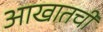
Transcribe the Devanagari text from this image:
आखातची